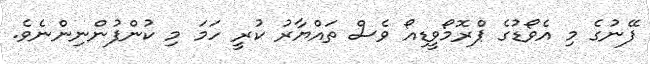
ފޭނުގެ މި އެވޯޑުގެ ޕްރޮމޯވީޑިއޯ ވެސް ތައްޔާރު ކުރީ ހަމަ މި ކުންފުންނިންނެވެ.